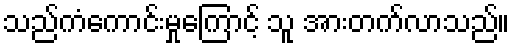
သည်ကံကောင်းမှုကြောင့် သူ အားတက်လာသည်။